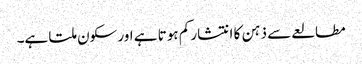
مطالعے سے ذہن کا انتشار کم ہوتا ہے اور سکون ملتا ہے۔